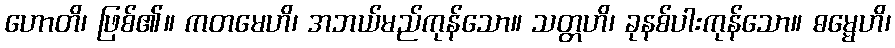
ဟောတိ၊ ဖြစ်၏။ ကတမေဟိ၊ အဘယ်မည်ကုန်သော။ သတ္တဟိ၊ ခုနစ်ပါးကုန်သော။ ဓမ္မေဟိ၊